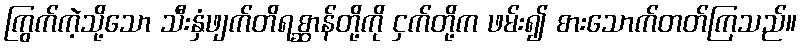
ကြွက်ကဲ့သို့သော သီးနှံဖျက်တိရစ္ဆာန်တို့ကို ငှက်တို့က ဖမ်း၍ စားသောက်တတ်ကြသည်။